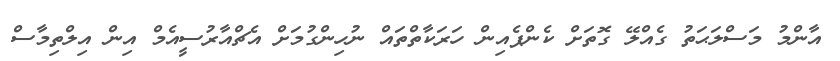
އާންމު މަސްލަޙަތު ގެއްލޭ ގޮތަށް ކެންޕެއިން ހަރަކާތްތައް ނުހިންގުމަށް އެޗްއާރުސީއެމް އިން އިލްތިމާސް